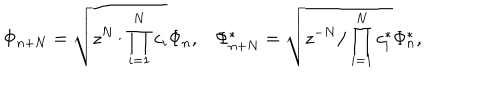
\Phi _ { n + N } = \sqrt { z ^ { N } / \prod _ { i = 1 } ^ { N } c _ { i } } \Phi _ { n } , \Phi _ { n + N } ^ { * } = \sqrt { z ^ { - N } / \prod _ { i = 1 } ^ { N } c _ { i } ^ { * } } \Phi _ { n } ^ { * } ,